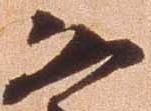
恐